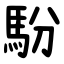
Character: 䭻